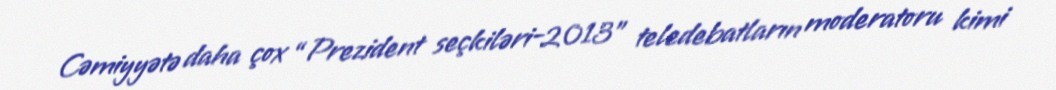
Cəmiyyətə daha çox “Prezident seçkiləri-2013” teledebatların moderatoru kimi